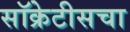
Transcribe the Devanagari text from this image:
सॉक्रेटीसचा